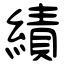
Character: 績